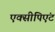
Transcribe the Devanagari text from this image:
एक्सीपिएंट